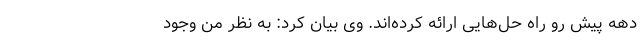
دهه پیش رو راه حل‌هایی ارائه کرده‌اند. وی بیان کرد: به نظر من وجود